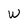
Character: W